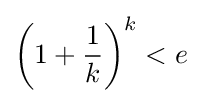
\left(1+{\frac {1}{k}}\right)^{k}<e